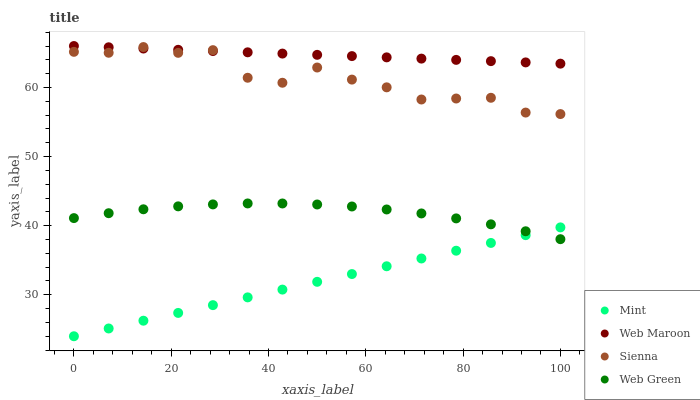
| xaxis_label | Mint | Web Maroon | Sienna | Web Green |
 | --- | --- | --- | --- | --- |
 | 0 | 24 | 66 | 65.2 | 41.1 |
 | 7.14 | 25.1 | 65.8 | 65 | 41.8 |
 | 14.3 | 26.3 | 65.6 | 65.9 | 42.4 |
 | 21.4 | 27.4 | 65.5 | 65 | 42.8 |
 | 28.6 | 28.5 | 65.3 | 65.4 | 43.1 |
 | 35.7 | 29.6 | 65.1 | 61.4 | 43.2 |
 | 42.9 | 30.8 | 64.9 | 60.7 | 43.2 |
 | 50 | 31.9 | 64.7 | 62.9 | 43.1 |
 | 57.1 | 33 | 64.5 | 61.1 | 42.8 |
 | 64.3 | 34.1 | 64.4 | 60 | 42.3 |
 | 71.4 | 35.3 | 64.2 | 58.3 | 41.8 |
 | 78.6 | 36.4 | 64 | 58.4 | 41.1 |
 | 85.7 | 37.5 | 63.8 | 58.5 | 40.2 |
 | 92.9 | 38.6 | 63.6 | 56.4 | 39.2 |
 | 100 | 39.8 | 63.4 | 56.2 | 38 |